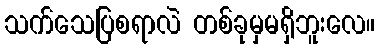
သက်သေပြစရာလဲ တစ်ခုမှမရှိဘူးလေ။